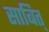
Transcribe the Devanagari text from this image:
साबित्